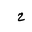
Letter: _ha